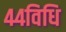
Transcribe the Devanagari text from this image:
४४विधि